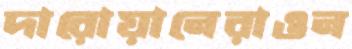
দারোয়ানেরাওন